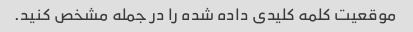
موقعیت کلمه کلیدی داده شده را در جمله مشخص کنید.